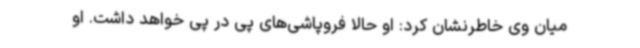
میان وی خاطرنشان کرد: او حالا فروپاشی‌های پی در پی خواهد داشت. او